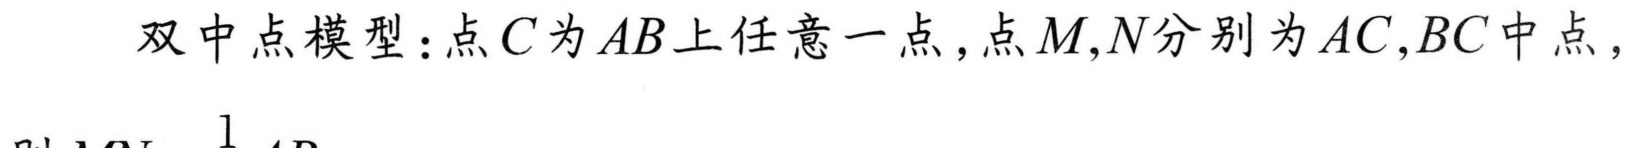
双中点模型：点$C$为$AB$上任意一点，点$M,N$分别为$AC,BC$中点，